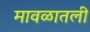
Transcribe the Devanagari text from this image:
मावळातली